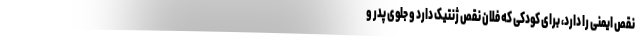
نقص ایمنی را دارد، برای کودکی که فلان نقص ژنتیک دارد و جلوی پدر و